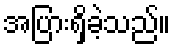
အပြားရှိခဲ့သည်။